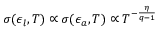
\sigma ( \epsilon _ { l } , T ) \propto \sigma ( \epsilon _ { a } , T ) \propto T ^ { - \frac { \eta } { q - 1 } }